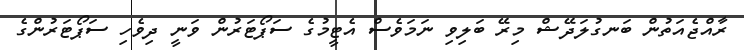
ރާއްޖެއަތުން ބަނގުލަދޭޝް މިރޭ ބަލިވި ނަމަވެސް އެޓީމުގެ ސަޕޯޓަރުން ވަނީ ދިވެހި ސަޕޯޓަރުންގެ